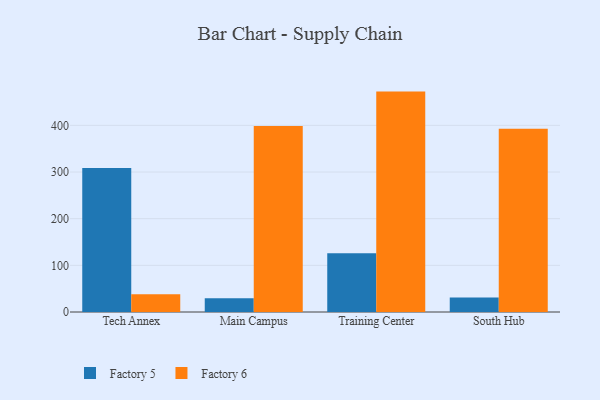
{"axis": {"x": "Campus", "y": "Energy Usage (MWh)"}, "legend": ["Factory 5", "Factory 6"], "data": [{"x": "Tech Annex", "y": 308.4, "type": "Factory 5"}, {"x": "Tech Annex", "y": 37.8, "type": "Factory 6"}, {"x": "Main Campus", "y": 29.6, "type": "Factory 5"}, {"x": "Main Campus", "y": 398.6, "type": "Factory 6"}, {"x": "Training Center", "y": 126.1, "type": "Factory 5"}, {"x": "Training Center", "y": 472.3, "type": "Factory 6"}, {"x": "South Hub", "y": 31.2, "type": "Factory 5"}, {"x": "South Hub", "y": 392.9, "type": "Factory 6"}]}